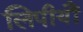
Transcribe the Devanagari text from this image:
लिपीयौं